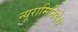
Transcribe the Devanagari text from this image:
न्यूरामिनिडेस